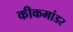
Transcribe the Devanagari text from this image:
कीकमांडर